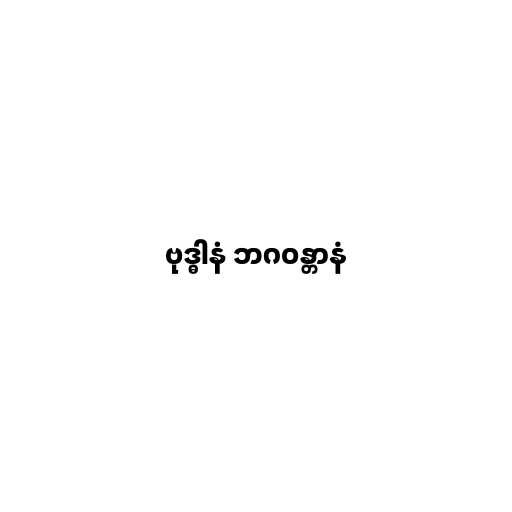
ဗုဒ္ဓါနံ ဘဂဝန္တာနံ